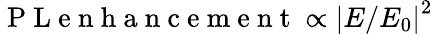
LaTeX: \mathrm{~P~L~e~n~h~a~n~c~e~m~e~n~t~}\propto{{\left|E/E_{0}\right|}^{2}}